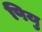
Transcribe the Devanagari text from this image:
पियु